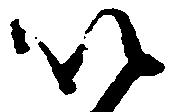
以